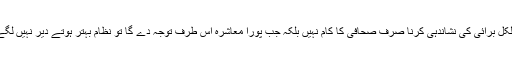
بالکل برائی کی نشاندہی کرنا صرف صحافی کا کام نہیں بلکہ جب پورا معاشرہ اس طرف توجہ دے گا تو نظام بہتر ہوتے دیر نہیں لگے۔